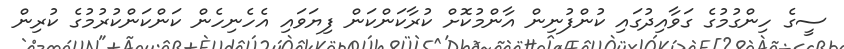
ސީގެ ހިންގުމުގެ ގަވާއިދުގައި ކުންފުނިން އާންމުކޮށް ކުރާކަންކަން ފިޔަވައި އެހެނިހެން ކަންކަންކުރުމުގެ ކުރިން